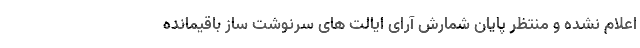
اعلام نشده و منتظر پایان شمارش آرای ایالت های سرنوشت ساز باقیمانده